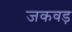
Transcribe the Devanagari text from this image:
जकवड़